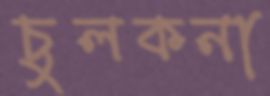
চুলকনা